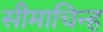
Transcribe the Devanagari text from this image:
सीमाचिन्‍ह